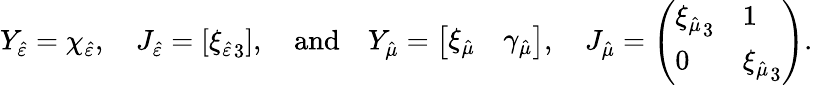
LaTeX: Y_{\hat{\varepsilon}}=\chi_{\hat{\varepsilon}},\quad J_{\hat{\varepsilon}}=[{\xi_{\hat{\varepsilon}}}_{3}],\quad\mathrm{and}\quad Y_{\hat{\mu}}=\left[\begin{array}{ll}{\xi_{\hat{\mu}}}&{\gamma_{\hat{\mu}}}\end{array}\right],\quad J_{\hat{\mu}}=\left(\begin{array}{ll}{{\xi_{\hat{\mu}}}_{3}}&{1}\\ {0}&{{\xi_{\hat{\mu}}}_{3}}\end{array}\right).